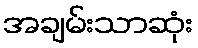
အချမ်းသာဆုံး